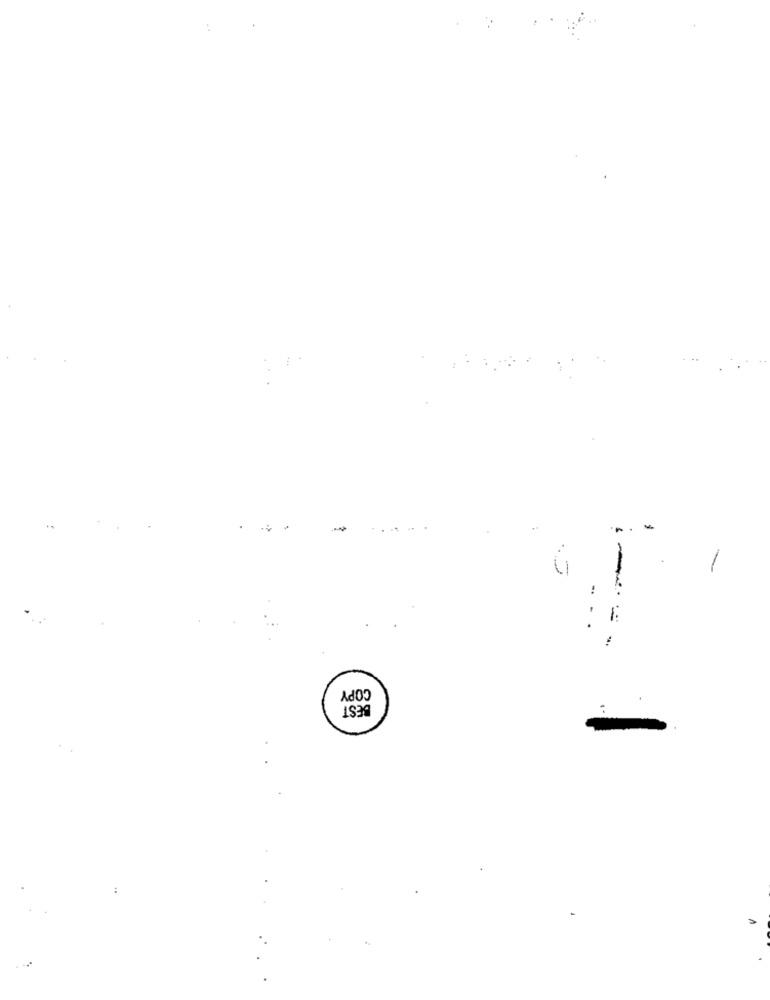
= =-
COPY
BEST
..
: